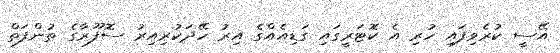
އޭސީ ކުރެވިފައި ހުރި އެ ކޮޓަރީގައި ގަޑިއެއްގެ އިރު ހޭދަކުރިއިރު ސޮފޫރާގެ ތުންފަތް